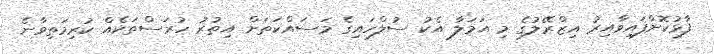
ފާޅުކޮށްފައިވާއިރު އިޒްރޭލުގެ މި އަމަލާ އެކު ސުލްހައިގެ މަސައްކަތަށް އިތުރު ހުރަސްތަކެއް ކުރިމަތިވާނެ